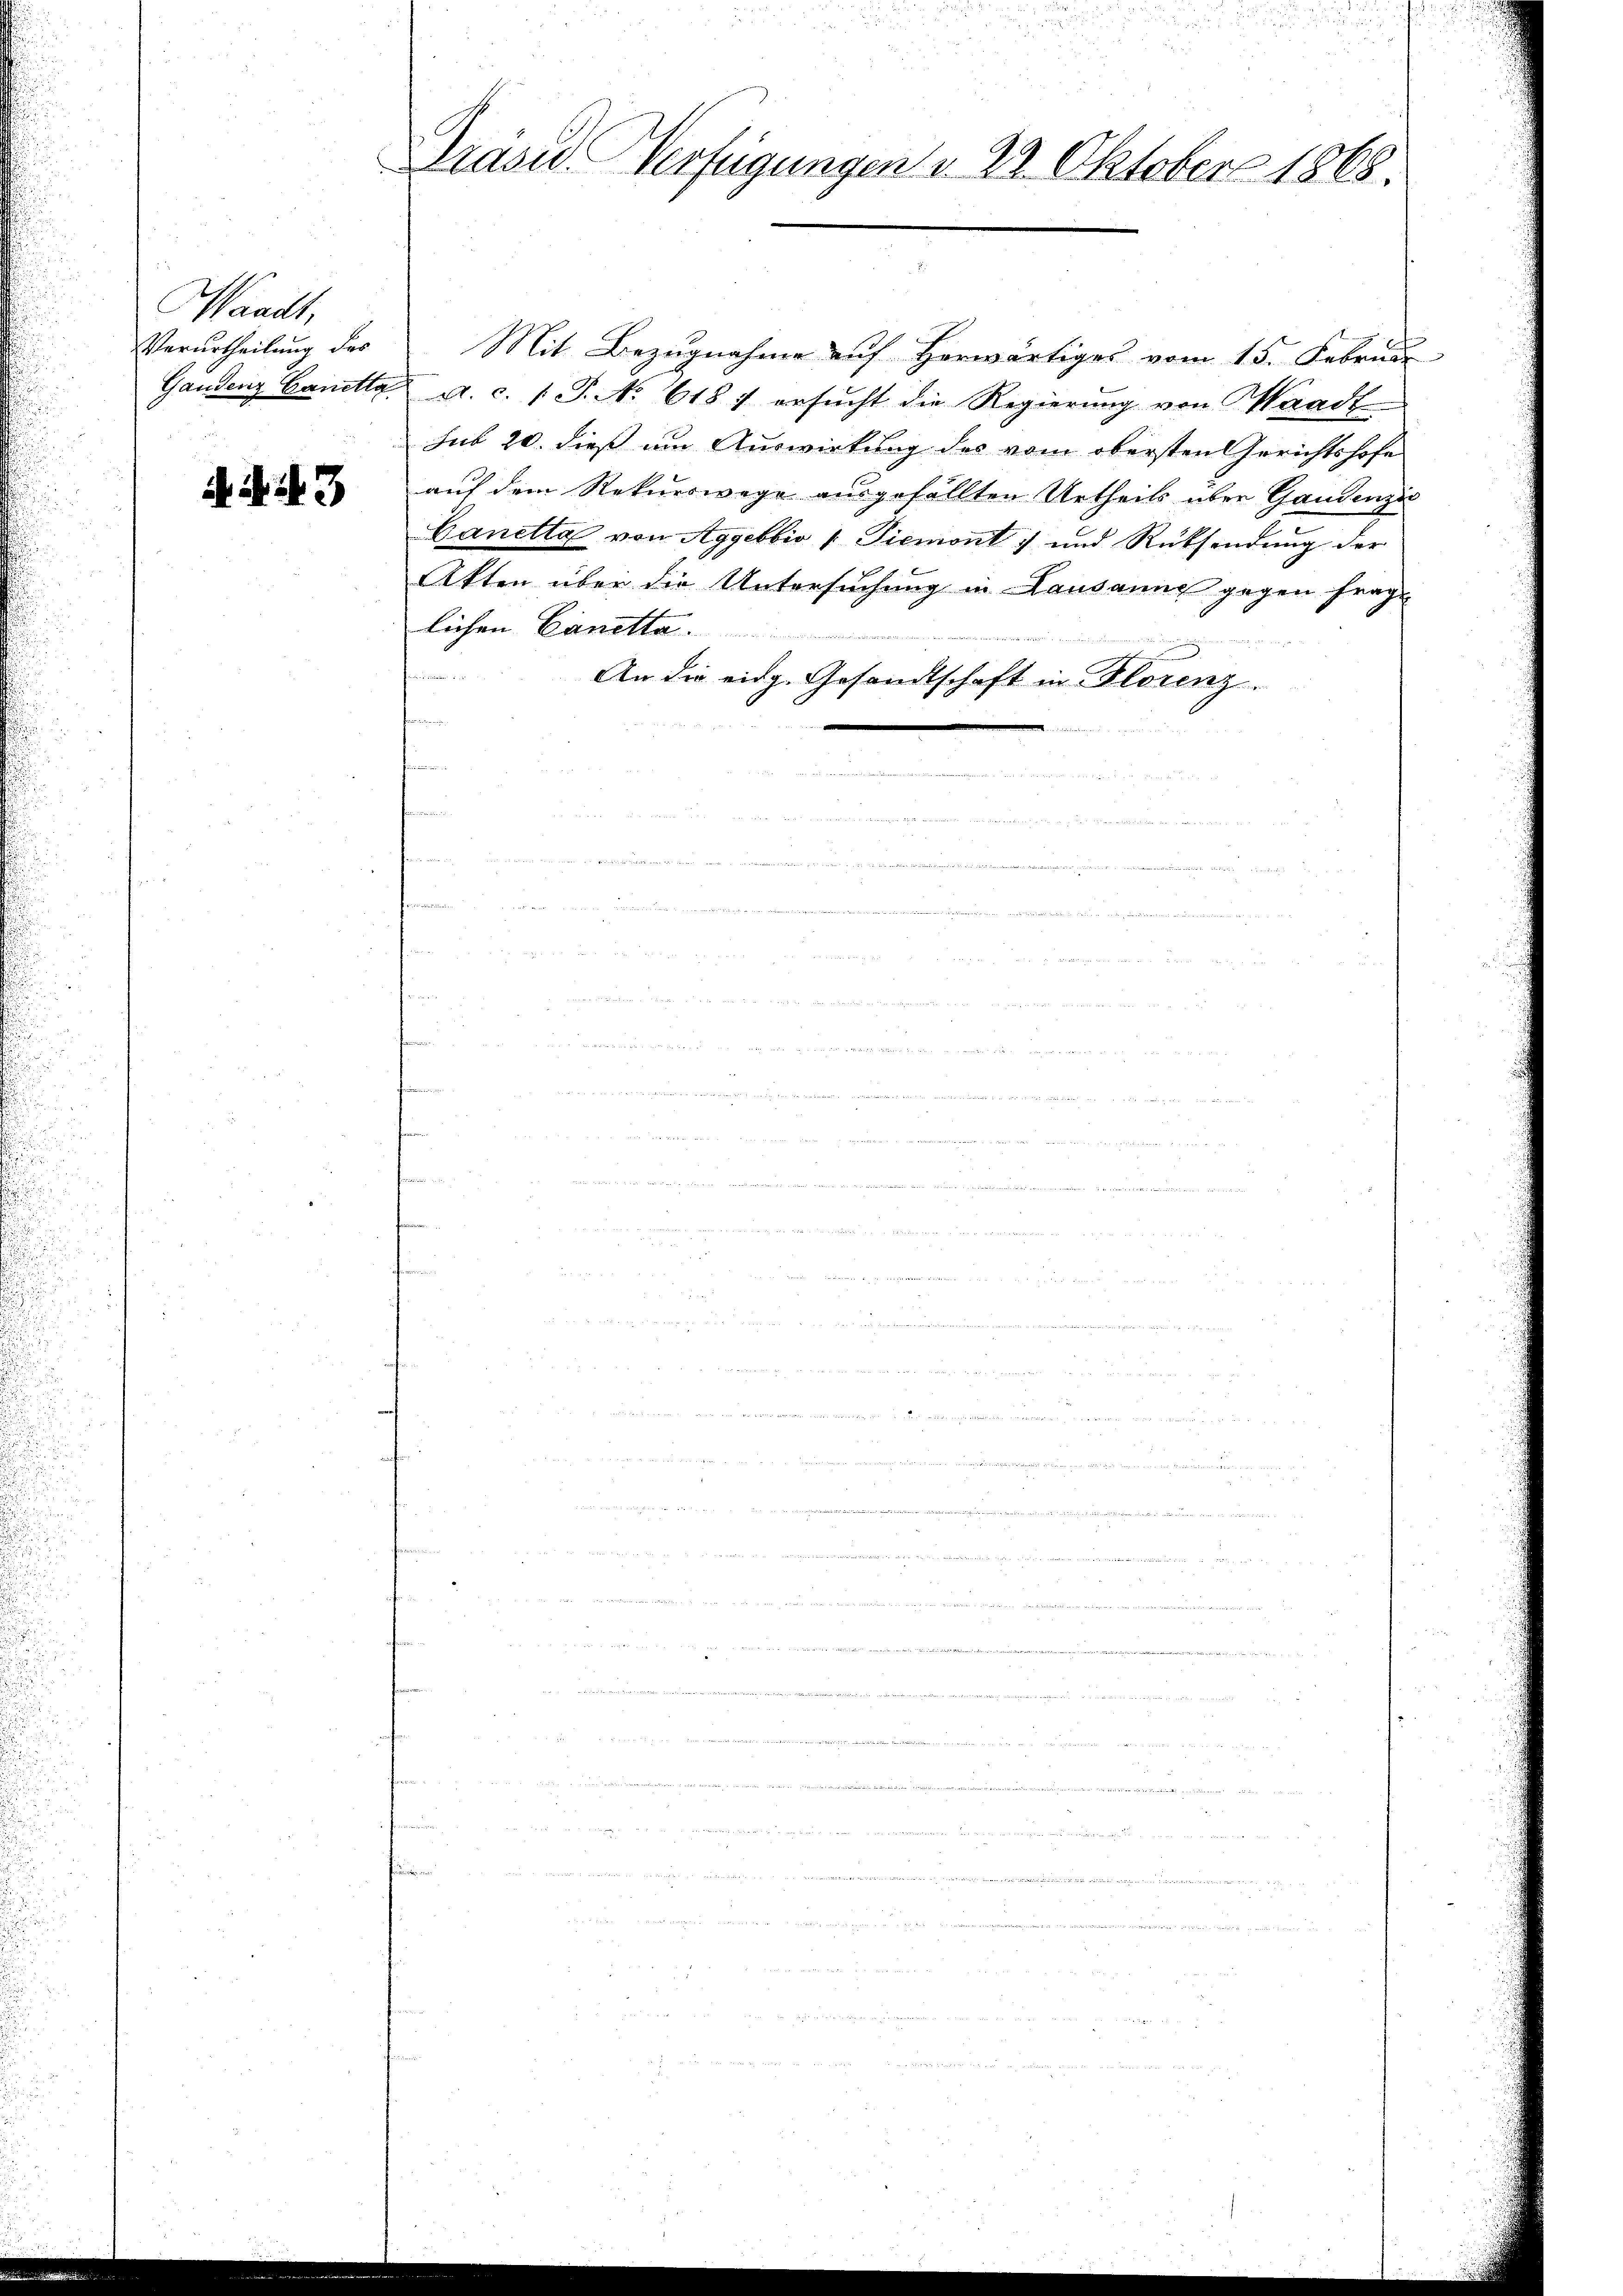
Waadt,
Verurtheilung des

A. A. S. 3

Präsid. Verfügungen v. 29. Oktober 1868.

Mit Bezugnahme auf herwärtiges vom 15. Februar
Gandenz Ganta. a. c. 1 S. No 618 f ersucht die Regierung von Waadt
sub 20. dieß um Auswirkung des vom obersten Gerichtshofe
auf dem Rekurswege ausgefällten Urtheils über Gandenzi
Canetta von Aggebbio   Piemont) und Rücksendung der
Akten über die Untersuchung in Lausanne gegen frage
lichen Canetta.
An die eidg. Gesandtschaft in Florenz.
.

n
.
 A er
e